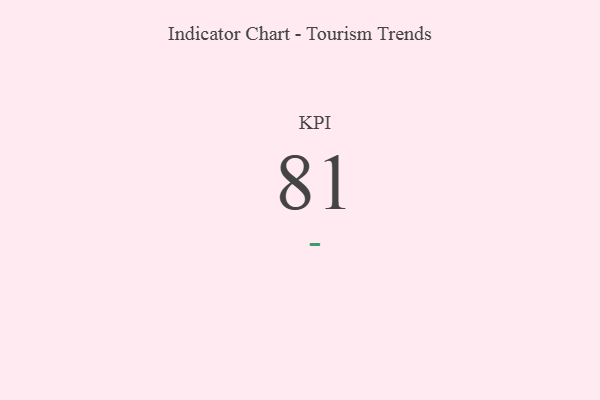
{"axis": {"x": "KPI", "y": "Value"}, "legend": [""], "data": [{"x": "KPI", "y": 81, "type": ""}]}